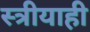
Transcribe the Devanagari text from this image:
स्त्रीयाही